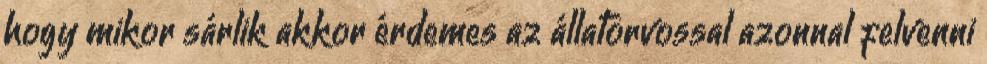
hogy mikor sárlik akkor érdemes az állatorvossal azonnal felvenni